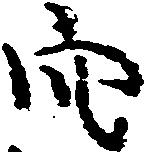
穴